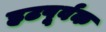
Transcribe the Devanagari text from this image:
हटपूर्वक